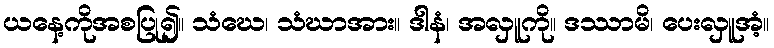
ယနေ့ကိုအစပြု၍။ သံဃေ၊ သံဃာအား။ ဒါနံ၊ အလှူကို။ ဒဿာမိ၊ ပေးလှူအံ့။